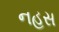
નહસ